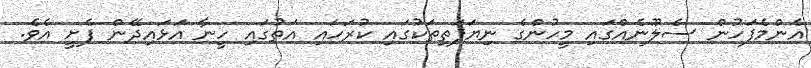
އެންމެފަހުން ސެލޫނެއްގައި މީހުންގެ ނިޔަފަތިތަކުގައި ކުރަހައި އަތުގައި ހީނާ އަޅައިދޭން ފެށީ އެވެ.